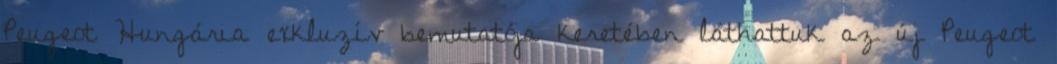
Peugeot Hungária exkluzív bemutatója keretében láthattuk az új Peugeot